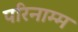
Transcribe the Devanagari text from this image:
परिनाम्म